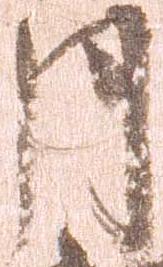
月